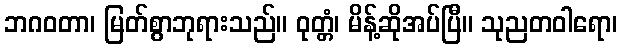
ဘဂဝတာ၊ မြတ်စွာဘုရားသည်။ ဝုတ္တံ၊ မိန့်ဆိုအပ်ပြီ။ သုညတဝါရော၊